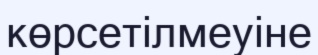
көрсетілмеуіне